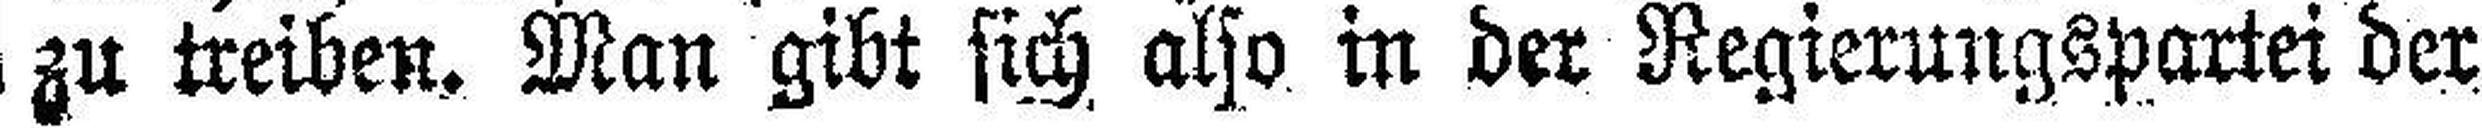
zu treiben. Man gibt sich also in der Regierungspartei der